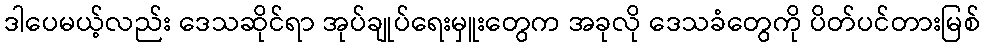
ဒါပေမယ့်လည်း ဒေသဆိုင်ရာ အုပ်ချုပ်ရေးမှူးတွေက အခုလို ဒေသခံတွေကို ပိတ်ပင်တားမြစ်